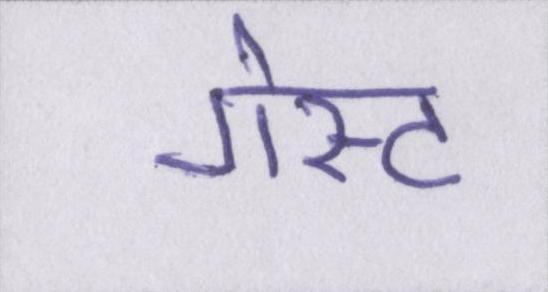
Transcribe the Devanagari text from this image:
गेस्ट